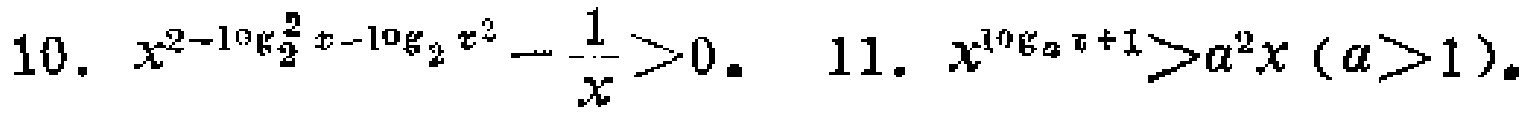
10. \(x^{2 - \log_{\frac{2}{2}}x-\log_{2}x^{2}}-\frac{1}{x}>0\)  11. \(x^{\log_{a}x + 1}>a^{2}x\ (a > 1)\)